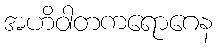
အဟိဝါတကရောဂေန